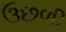
ઉછળી